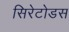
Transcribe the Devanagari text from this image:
सिरेटोडस